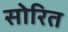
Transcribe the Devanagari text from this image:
सोरित